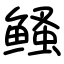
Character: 鳋